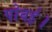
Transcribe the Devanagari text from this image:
पोवई।